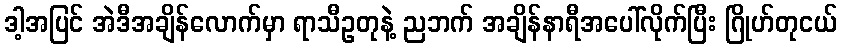
ဒါ့အပြင် အဲဒီအချိန်လောက်မှာ ရာသီဥတုနဲ့ ညဘက် အချိန်နာရီအပေါ်လိုက်ပြီး ဂြိုဟ်တုငယ်